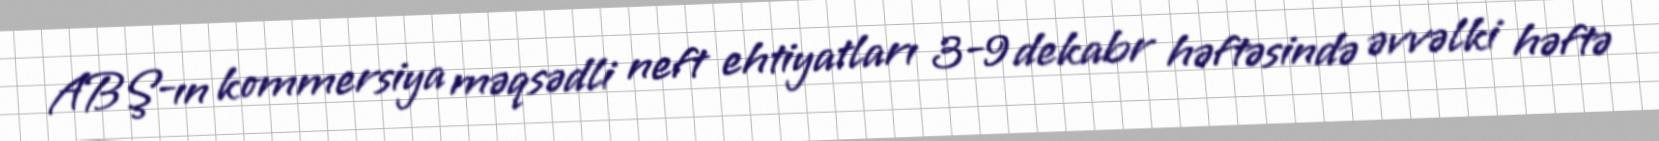
ABŞ-ın kommersiya məqsədli neft ehtiyatları 3-9 dekabr həftəsində əvvəlki həftə